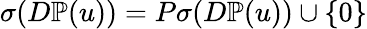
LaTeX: \sigma(D\mathbb{P}(u))=P\sigma(D\mathbb{P}(u))\cup\{ 0\}